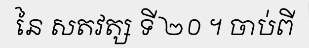
នៃ សតវត្ស ទី ២០ ។ ចាប់ពី